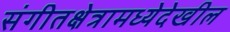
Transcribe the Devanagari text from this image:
संगीतक्षेत्रामध्येदेखील